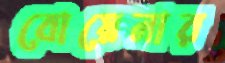
বোয়েনার